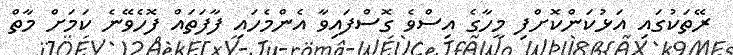
ރޭތަކުގައި އަޅުކަންކޮށްފި މީހާގެ އިސްވެ ގޮސްފައިވާ އެންމެހައި ފާފަތައް ފޮހެވޭނެ ކަމަށް މާތް